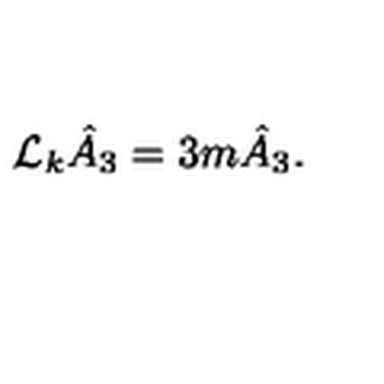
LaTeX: \mathcal { L } _ { k } \hat { A } _ { 3 } = 3 m \hat { A } _ { 3 } .